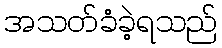
အသတ်ခံခဲ့ရသည်